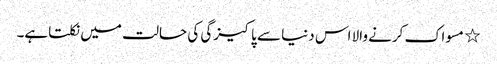
٭ مسواک کرنے والا اس دنیا سے پاکیزگی کی حالت میں نکلتاہے۔